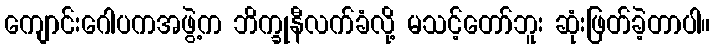
ကျောင်းဂေါပကအဖွဲ့က ဘိက္ခုနီလက်ခံလို့ မသင့်တော်ဘူး ဆုံးဖြတ်ခဲ့တာပါ။